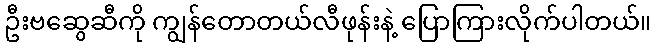
ဦးဗဆွေဆီကို ကျွန်တောတယ်လီဖုန်းနဲ့ ပြောကြားလိုက်ပါတယ်။